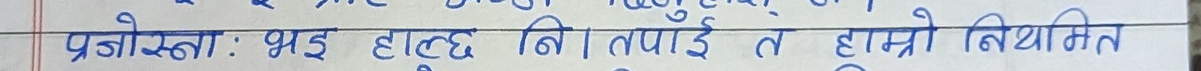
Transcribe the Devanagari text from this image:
प्रजोस्ता : भाइ हट्छ बि। तपाई त हाम्रो नियमित